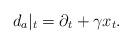
LaTeX: \begin{align*}d_a|_t=\partial_t+\gamma x_t.\end{align*}